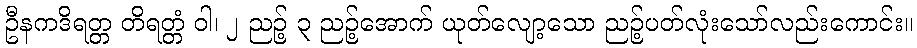
ဦနကဒိရတ္တ တိရတ္တံ ဝါ၊ ၂ ညဉ့် ၃ ညဉ့်အောက် ယုတ်လျော့သော ညဉ့်ပတ်လုံးသော်လည်းကောင်း။